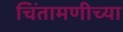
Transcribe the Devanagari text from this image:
चिंतामणीच्या